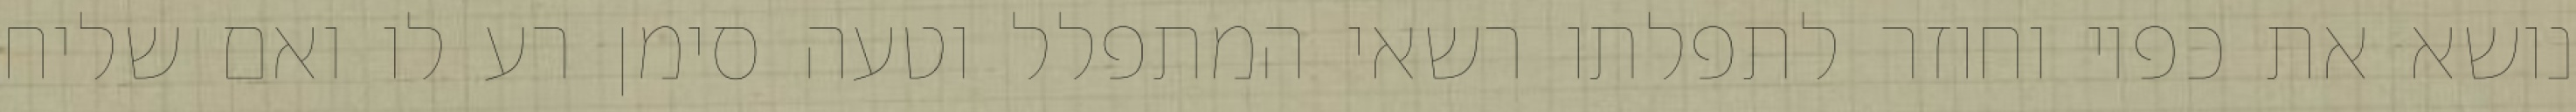
נושא את כפיו וחוזר לתפלתו רשאי המתפלל וטעה סימן רע לו ואם שליח